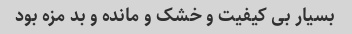
بسیار بی کیفیت و خشک و مانده و بد مزه بود